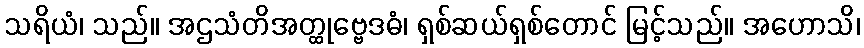
သရိယံ၊ သည်။ အဌသံတိအတ္ထုဗ္ဗေဒဓံ၊ ရှစ်ဆယ်ရှစ်တောင် မြင့်သည်။ အဟောသိ၊